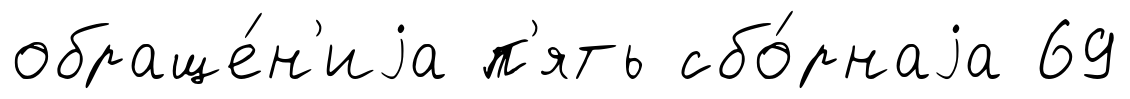
обраще́н'иjа п'ять сбо́рнаjа 69